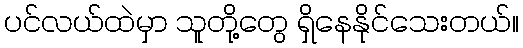
ပင်လယ်ထဲမှာ သူတို့တွေ ရှိနေနိုင်သေးတယ်။